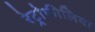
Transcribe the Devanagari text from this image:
रेट्रोफीलिया